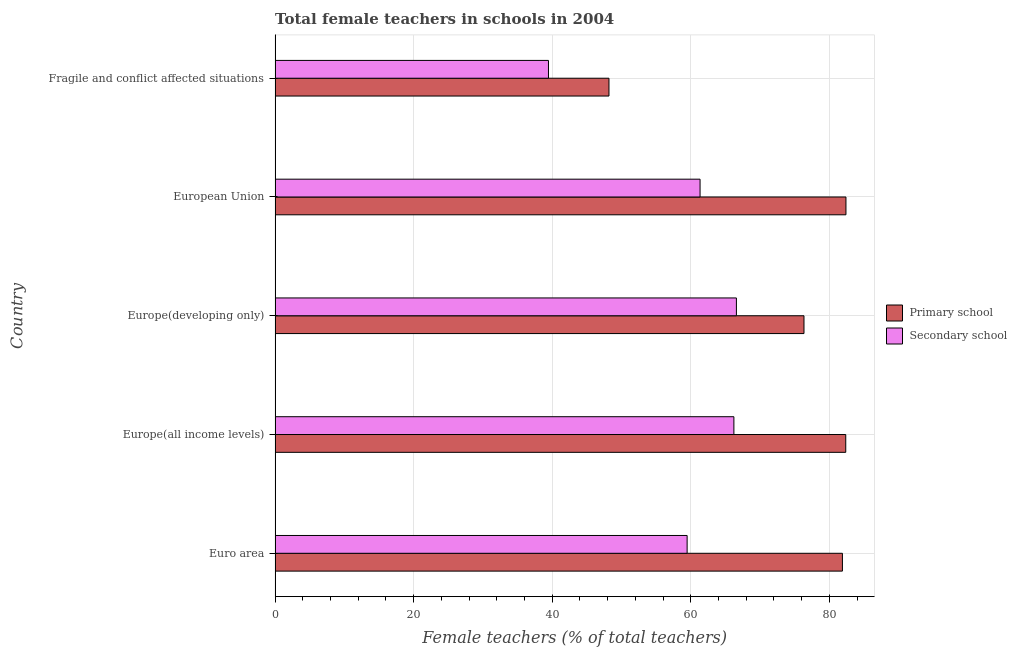
| Country | Primary school | Secondary school |
 | --- | --- | --- |
 | Euro area | 81.9 | 59.5 |
 | Europe(all income levels) | 82.4 | 66.2 |
 | Europe(developing only) | 76.3 | 66.6 |
 | European Union | 82.4 | 61.3 |
 | Fragile and conflict affected situations | 48.2 | 39.5 |